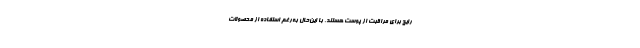
رایج برای مراقبت از پوست هستند. با این‌حال به‌رغم استفاده از محصولات